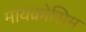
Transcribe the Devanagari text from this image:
मायक्रोसिम